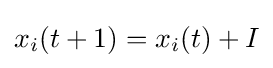
x_{i}(t+1)=x_{i}(t)+I